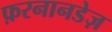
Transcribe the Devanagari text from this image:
फ़रनानडेज़